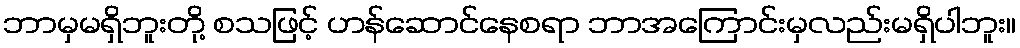
ဘာမှမရှိဘူးတို့ စသဖြင့် ဟန်ဆောင်နေစရာ ဘာအကြောင်းမှလည်းမရှိပါဘူး။